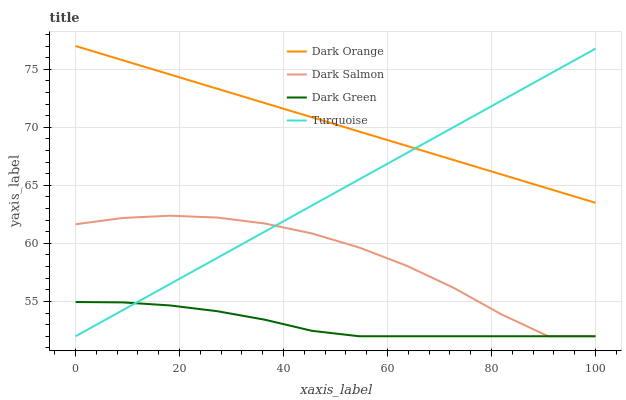
| xaxis_label | Dark Orange | Dark Salmon | Dark Green | Turquoise |
 | --- | --- | --- | --- | --- |
 | 0 | 77 | 61.6 | 54.9 | 52 |
 | 9.09 | 75.8 | 62.2 | 54.9 | 54.3 |
 | 18.2 | 74.5 | 62.4 | 54.7 | 56.5 |
 | 27.3 | 73.3 | 62.2 | 54.2 | 58.8 |
 | 36.4 | 72.1 | 61.7 | 53.4 | 61 |
 | 45.5 | 70.9 | 60.9 | 52.5 | 63.3 |
 | 54.5 | 69.6 | 59.6 | 52 | 65.5 |
 | 63.6 | 68.4 | 58.1 | 52 | 67.8 |
 | 72.7 | 67.2 | 56.2 | 52 | 70 |
 | 81.8 | 65.9 | 53.9 | 52 | 72.3 |
 | 90.9 | 64.7 | 52 | 52 | 74.5 |
 | 100 | 63.5 | 52 | 52 | 76.8 |